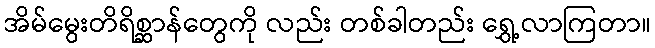
အိမ်မွေးတိရိစ္ဆာန်တွေကို လည်း တစ်ခါတည်း ရွှေ့လာကြတာ။